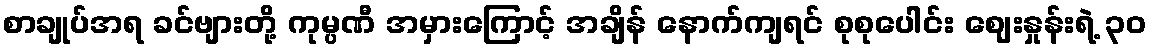
စာချုပ်အရ ခင်ဗျားတို့ ကုမ္ပဏီ အမှားကြောင့် အချိန် နောက်ကျရင် စုစုပေါင်း ဈေးနှုန်းရဲ့ ၃၀